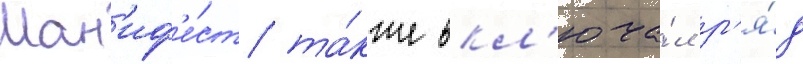
Ман'иф'е́ст та́кже вкл'юча́л р'я́д